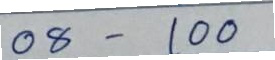
08 - 100